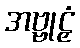
အဗ္ဗုဠှံ